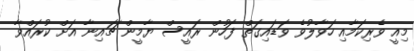
މިއީ ވެރިކަމާއި ހަވާލުވެ ވަޑައިގަތް ފަހުން ރައީސް ޔާމީން ޗައިނާ އަށް ކުރައްވާ